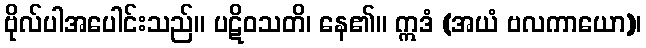
ဗိုလ်ပါအပေါင်းသည်။ ပဋိဝသတိ၊ နေ၏။ ဣဒံ (အယံ ဗလကာယော)၊